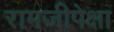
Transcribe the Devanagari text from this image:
रामजीपेक्षा